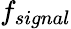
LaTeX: f_{signal}